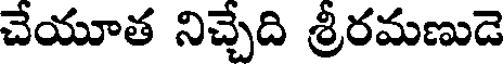
చేయూత నిచ్చేది శ్రీరమణుడె